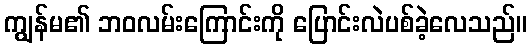
ကျွန်မ၏ ဘဝလမ်းကြောင်းကို ပြောင်းလဲပစ်ခဲ့လေသည်။